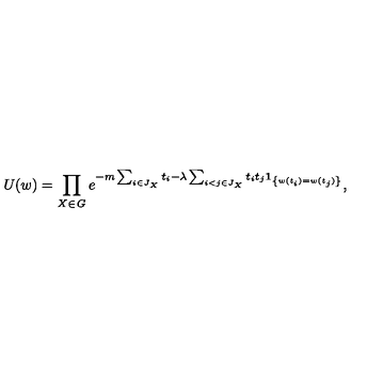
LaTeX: U ( w ) = \prod _ { X \in { \it G } } e ^ { - m \sum _ { i \in J _ { X } } t _ { i } - \lambda \sum _ { i < j \in J _ { X } } t _ { i } t _ { j } { \bf 1 } _ { \left\{ w ( t _ { i } ) = w ( t _ { j } ) \right\} } } ,